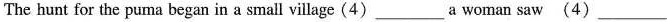
The hunt for the puma began in a small village(4)___a woman saw(4)___